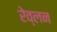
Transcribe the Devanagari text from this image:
रेव्लन